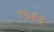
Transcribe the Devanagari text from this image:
९५६९